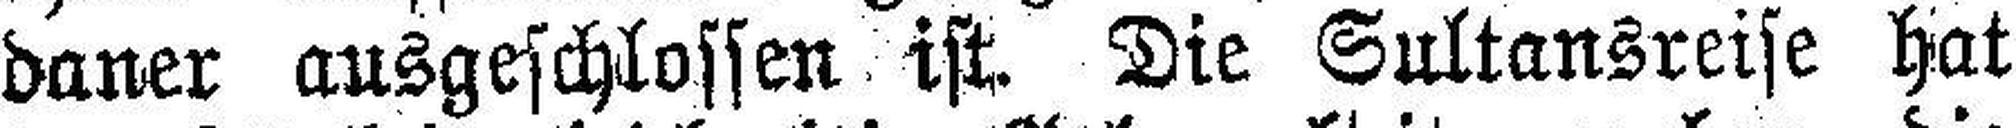
daner ausgeschlossen ist. Die Sultansreise hat